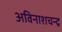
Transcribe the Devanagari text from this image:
अविनाशचन्द्र